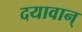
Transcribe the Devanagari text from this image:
दयावान्